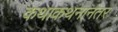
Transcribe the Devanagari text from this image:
कथाकथनानंतर